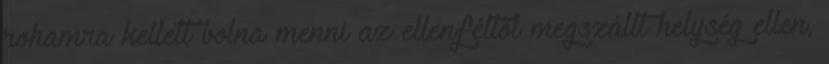
rohamra kellett volna menni az ellenféltől megszállt helység ellen,